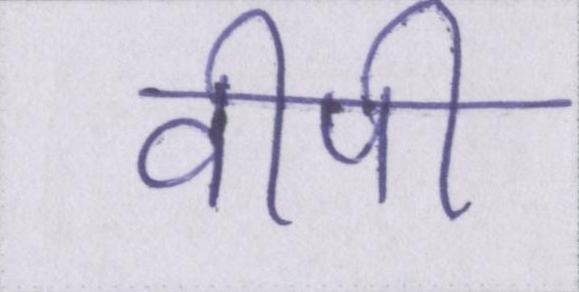
वीपी